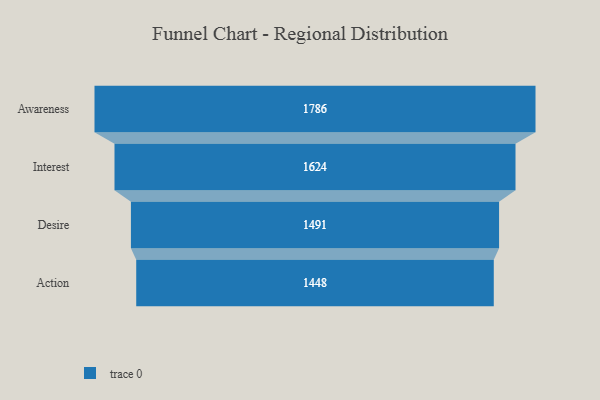
{"axis": {"x": "Stage", "y": "Value"}, "legend": [""], "data": [{"x": "Awareness", "y": 1786.0, "type": ""}, {"x": "Interest", "y": 1624.0, "type": ""}, {"x": "Desire", "y": 1491.0, "type": ""}, {"x": "Action", "y": 1448.0, "type": ""}]}